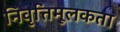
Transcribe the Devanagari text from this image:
निवृत्तिमूलकता